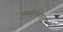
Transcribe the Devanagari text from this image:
पुनर्संरचनात्मक